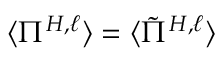
\langle \Pi ^ { H , \ell } \rangle = \langle \tilde { \Pi } ^ { H , \ell } \rangle